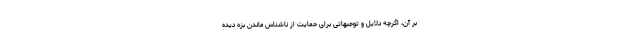
بر آن، اگرچه دلایل و توجیهاتی برای حمایت از ناشناس ماندن بزه دیده